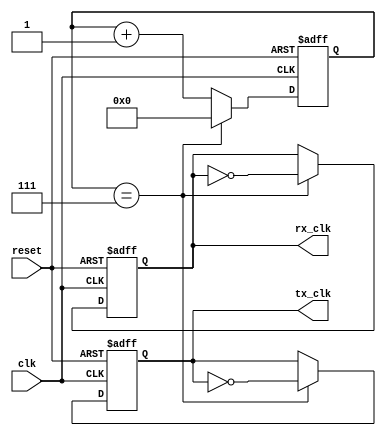
module uart_timing_control_and_sync (
    input clk,
    input reset,
    output reg tx_clk,
    output reg rx_clk
);

reg [3:0] counter;

always @(posedge clk or posedge reset) begin
    if (reset) begin
        counter <= 4'd0;
        tx_clk <= 1'b0;
        rx_clk <= 1'b0;
    end else begin
        counter <= counter + 1;
        if (counter == 4'd7) begin
            tx_clk <= ~tx_clk;
            rx_clk <= ~rx_clk;
            counter <= 4'd0;
        end
    end
end

endmodule